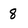
Character: 8